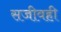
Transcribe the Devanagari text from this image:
सजीवही